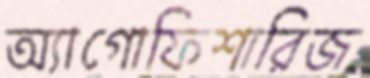
অ্যাগোফিশারিজ